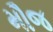
મૌજ